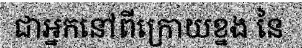
ជាអ្នកនៅពីក្រោយខ្នង នៃ